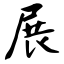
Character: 展